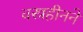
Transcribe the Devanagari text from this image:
वस्त्रहीनने